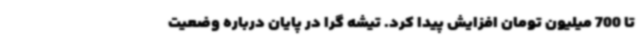
تا 700 میلیون تومان افزایش پیدا کرد. تیشه گرا در پایان درباره وضعیت